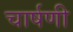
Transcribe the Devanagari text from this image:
चार्षणी